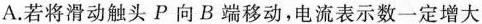
A.若将滑动触头P向B端移动，电流表示数一定增大